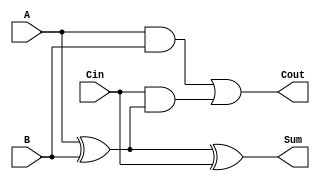
module full_adder (
    input wire A,      // Input bit 1
    input wire B,      // Input bit 2
    input wire Cin,    // Carry-in bit
    output wire Sum,   // Sum output
    output wire Cout   // Carry-out output
);

// Calculate the Sum using XOR gates
assign Sum = A ^ B ^ Cin;

// Calculate the Cout using AND and OR gates
assign Cout = (A & B) | (Cin & (A ^ B));

endmodule